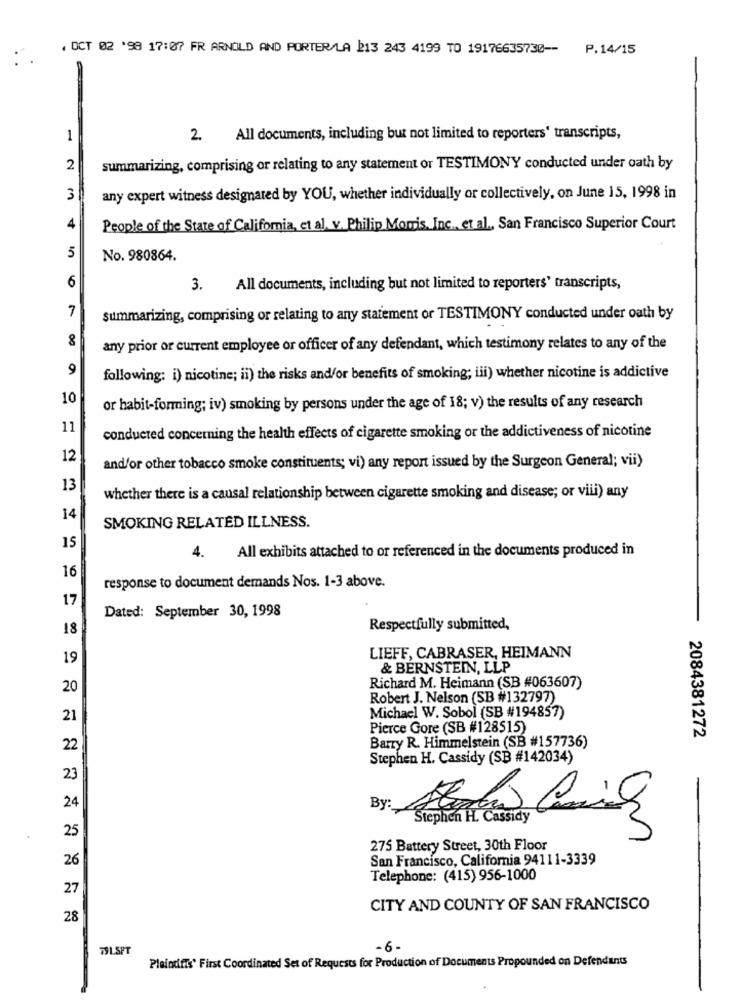
. OCT 02 '98 17:07 FR ARNOLD AND PORTER/LA 213 243 4199 TO 19176635730 -- P.14/15
1
2.
All documents, including but not limited to reporters' transcripts,
2
summarizing, comprising or relating to any statement or TESTIMONY conducted under oath by
3
any expert witness designated by YOU, whether individually or collectively, on June 15, 1998 in
4
People of the State of California, et al. v. Philip Morris, Inc ., et al ., San Francisco Superior Court
5
No. 980864.
6
3. All documents, including but not limited to reporters' transcripts,
7
summarizing, comprising or relating to any statement or TESTIMONY conducted under oath by
8
any prior or current employee or officer of any defendant, which testimony relates to any of the
9
following: i) nicotine; ii) the risks and/or benefits of smoking; iii) whether nicotine is addictive
10
or habit-forming; iv) smoking by persons under the age of 18; v) the results of any research
11
conducted concerning the health effects of cigarette smoking or the addictiveness of nicotine
12
and/or other tobacco smoke constituents; vi) any report issued by the Surgeon General; vii)
13
whether there is a causal relationship between cigarette smoking and disease; or viii) any
14
SMOKING RELATED ILLNESS.
15
4.
All exhibits attached to or referenced in the documents produced in
16
response to document demands Nos. 1-3 above.
17
Dated: September 30, 1998
18
Respectfully submitted,
19
LIEFF, CABRASER, HEIMANN
& BERNSTEIN, LLP
20
Richard M. Heimann (SB #063607)
Robert J. Nelson (SB #132797)
21
Michael W. Sobol (SB #194857)
Pierce Gore (SB #128515)
2084381272
22
Barry R. Himmelstein (SB #157736)
Stephen H. Cassidy (SB #142034)
23
24
By:
Stephen HL. Cassidy
25
275 Battery Street, 30th Floor
26
San Francisco, California 94111-3339
Telephone: (415) 956-1000
27
CITY AND COUNTY OF SAN FRANCISCO
28
79L.SPT
-6-
Pleindifis' First Coordinated Set of Requests for Production of Documents Propounded on Defendants